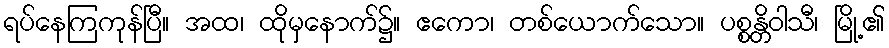
ရပ်နေကြကုန်ပြီ။ အထ၊ ထိုမှနောက်၌။ ဧကော၊ တစ်ယောက်သော။ ပစ္စန္တိဝါသီ၊ မြို့၏